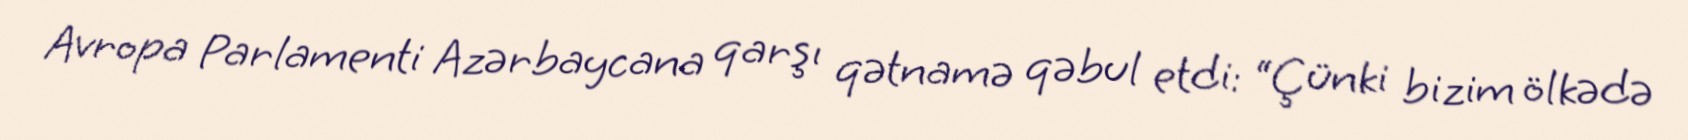
Avropa Parlamenti Azərbaycana qarşı qətnamə qəbul etdi: “Çünki bizim ölkədə